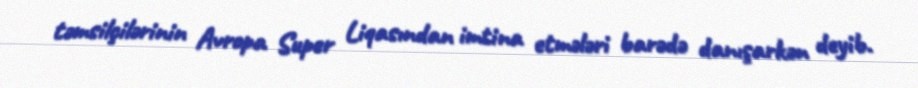
təmsilçilərinin Avropa Super Liqasından imtina etmələri barədə danışarkən deyib.